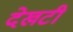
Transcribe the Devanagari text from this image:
देखटी